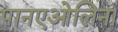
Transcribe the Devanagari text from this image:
पानएओलिना